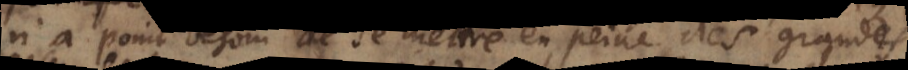
n’a point besoin de se mettre en peine des grandes